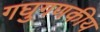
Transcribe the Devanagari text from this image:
गघुगणकीय